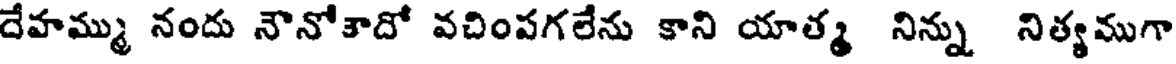
దేహమ్ము నందు నౌనోకాదో వచింపగలేను కాని యాత్మ నిన్ను నిత్యముగా